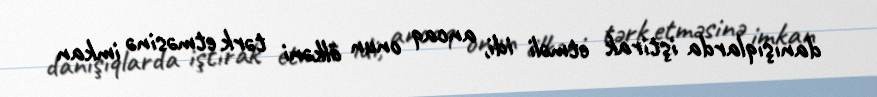
danışıqlarda iştirak etməli idi, ancaq onun ölkəni tərk etməsinə imkan